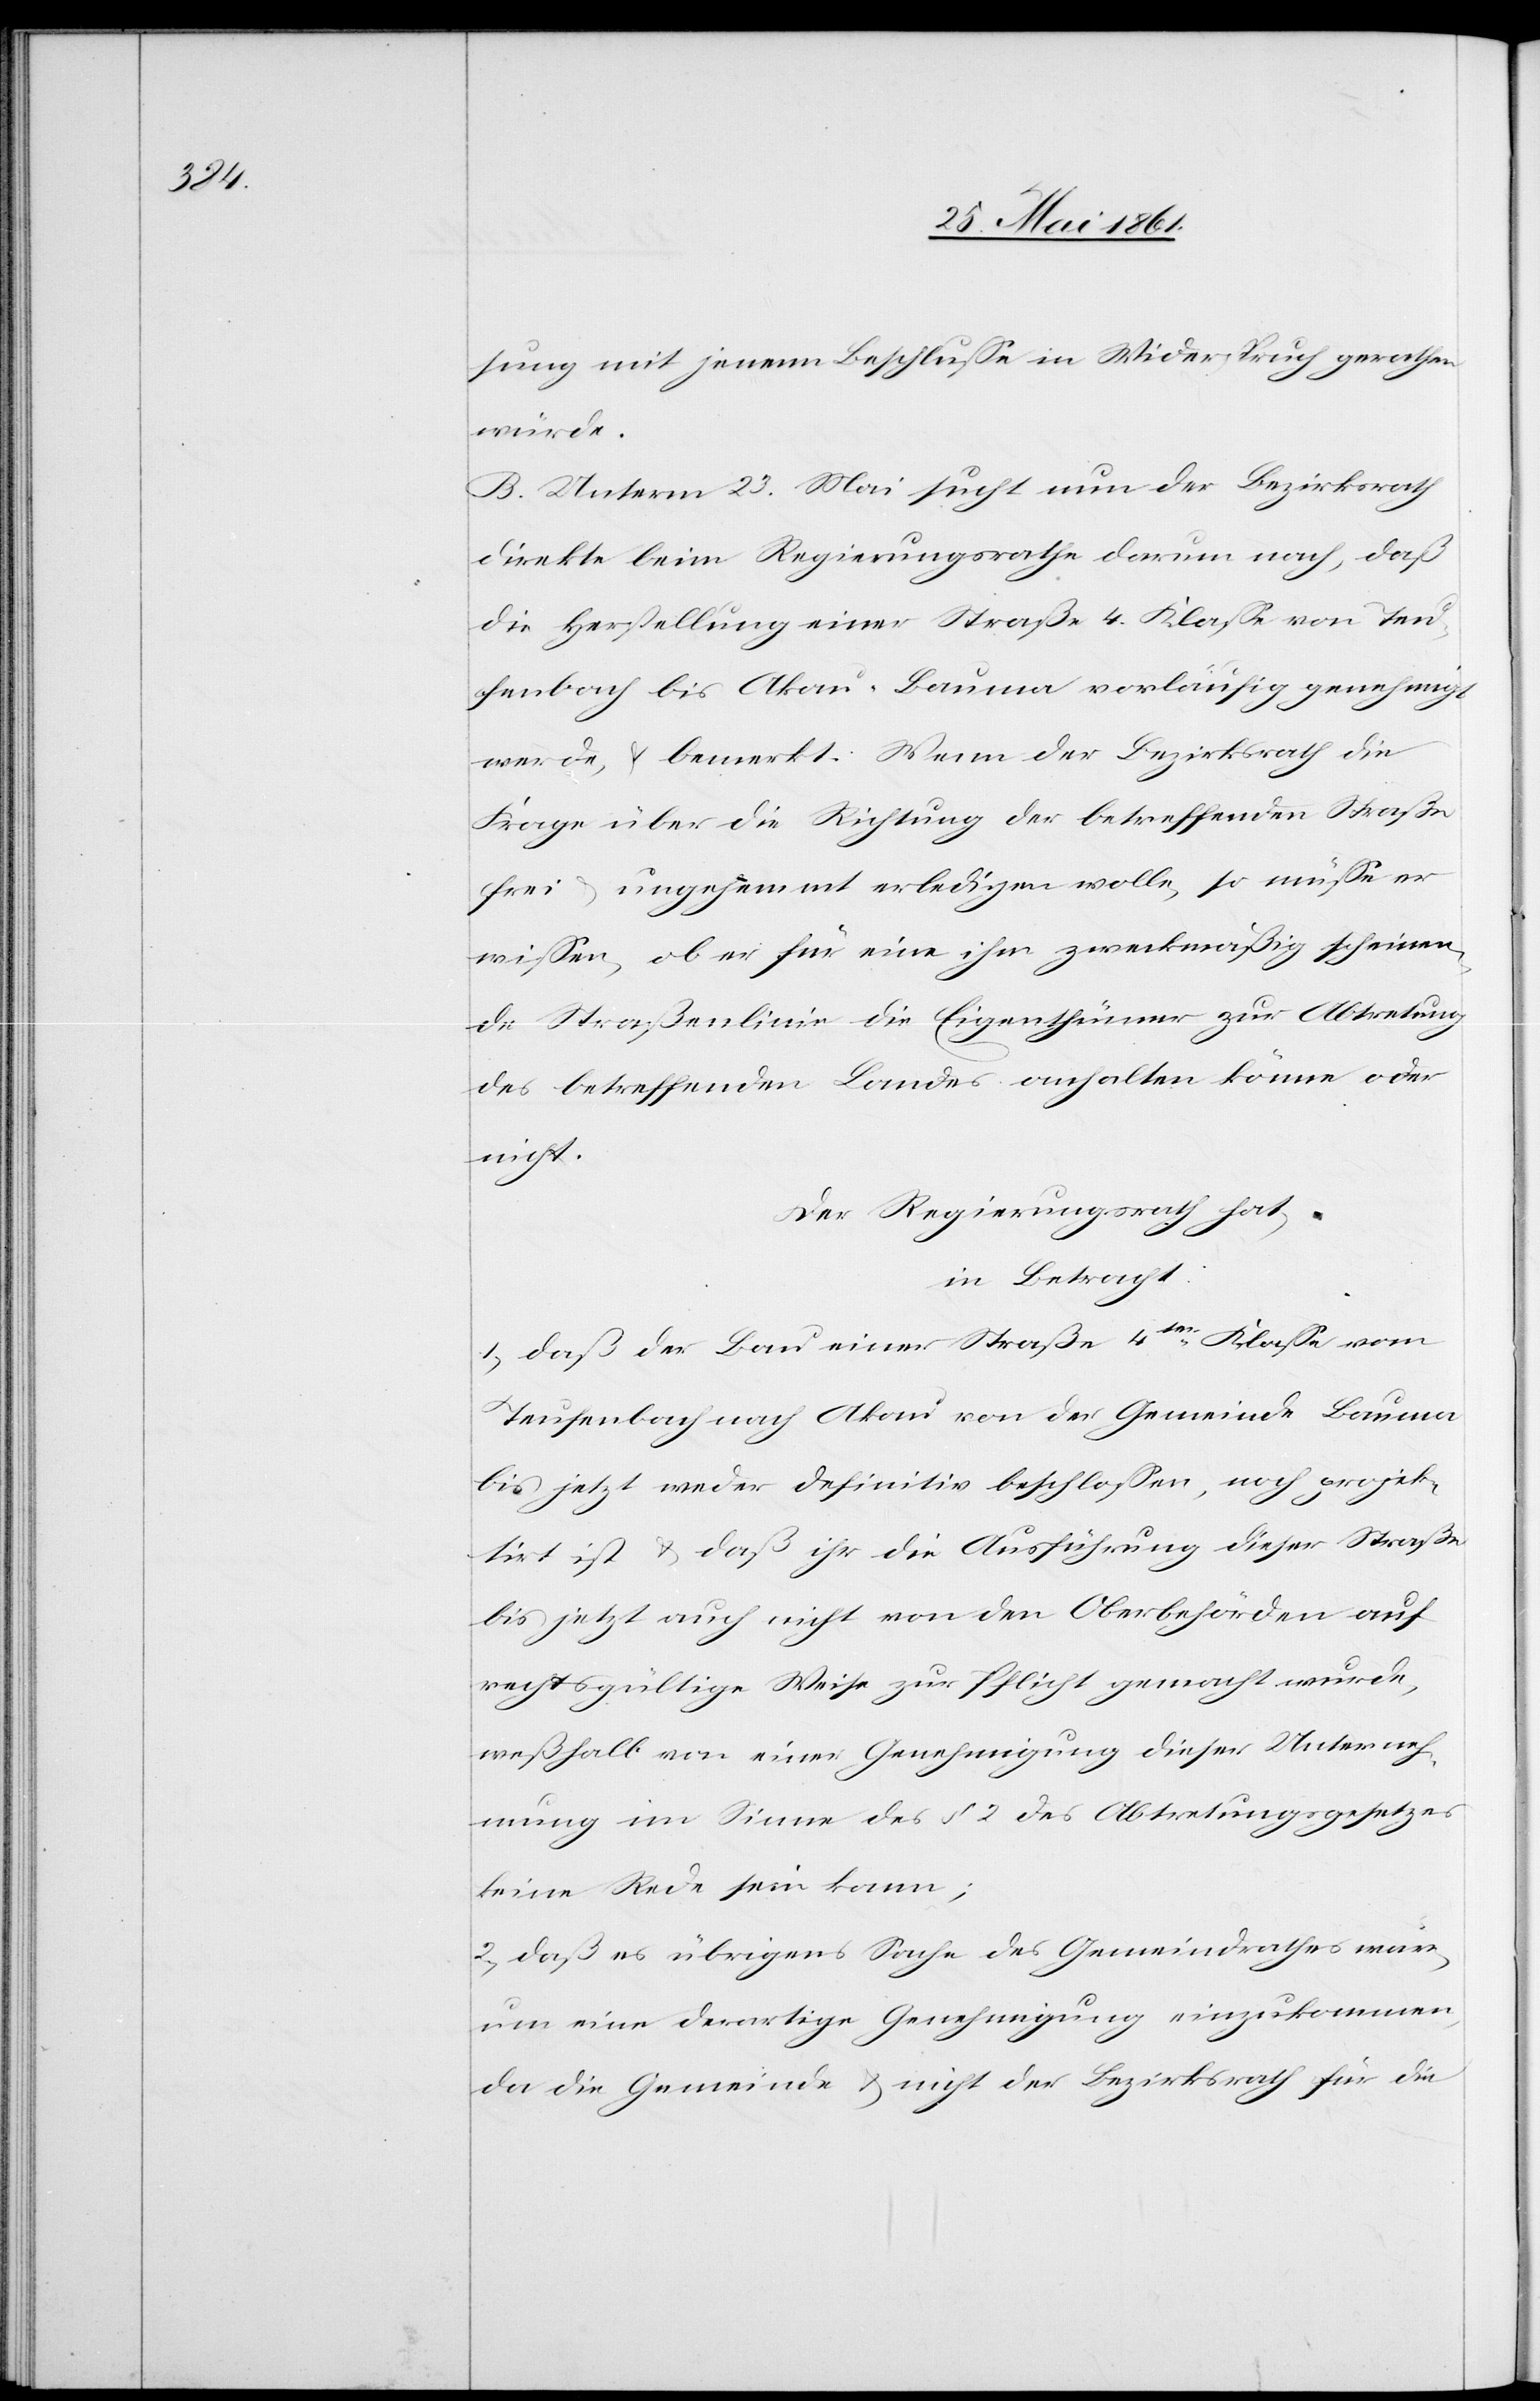
sung mit jenem Beschlusse in Widerspruch gerathen
würde.
B. Unterm 23. Mai sucht nun der Bezirksrath
direkte beim Regierungsrathe darum nach, daß
die Herstellung einer Straße 4. Klasse von Teu¬
fenbach bis Akau-Bauma vorläufig genehmigt
werde, u. bemerkt: Wenn der Bezirksrath die
Frage über die Richtung der betreffenden Straße
frei u. ungehemmt erledigen wolle, so müsse er
wissen, ob er für eine ihm zweckmäßig scheinen¬
de Straßenlinie die Eigenthümer zur Abtretung
des betreffenden Landes anhalten könne oder
nicht.
Der Regierungsrath hat
in Betracht:
1) daß der Bau einer Straße 4ter Klasse vom
Teufenbach nach Akau von der Gemeinde Bauma
bis jetzt weder definitiv beschlossen, noch projek¬
tirt ist u. daß ihr die Ausführung dieser Straße
bis jetzt auch nicht von den Oberbehörden auf
rechtsgültige Weise zur Pflicht gemacht wurde,
weßhalb von einer Genehmigung dieser Unterneh¬
mung im Sinne des § 2 des Abtretungsgesetzes
keine Rede sein kann;
2) daß es übrigens Sache des Gemeindrathes wäre,
um eine derartige Genehmigung einzukommen,
da die Gemeinde u. nicht der Bezirksrath für die